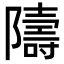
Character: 隯